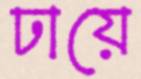
ঢায়ে